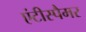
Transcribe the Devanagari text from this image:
एंटीस्पैमर